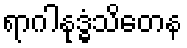
ရာဂါနုဒ္ဓံသိတေန